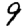
Digit: 9